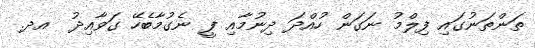
ތަންތަނުގައި ފިލްމު ނަގަން ހުއްދަ ދިނުމާއި ފީ ނެގުމާބެހޭ ގަވާއިދު  އދ.